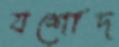
যশোদ